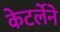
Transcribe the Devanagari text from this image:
केटर्लेने